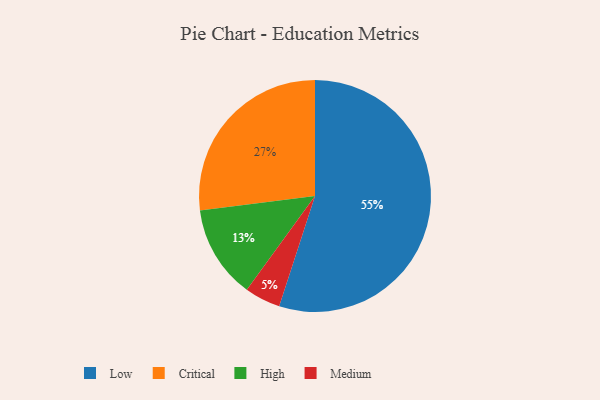
{"axis": {"x": "Category", "y": "Percentage"}, "legend": ["Critical", "High", "Low", "Medium"], "data": [{"x": "High", "y": 13, "type": "High"}, {"x": "Critical", "y": 27, "type": "Critical"}, {"x": "Low", "y": 55, "type": "Low"}, {"x": "Medium", "y": 5, "type": "Medium"}]}